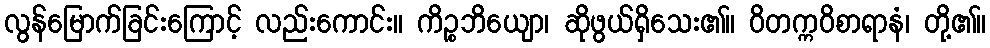
လွန်မြောက်ခြင်းကြောင့် လည်းကောင်း။ ကိဉ္စဘိယျော၊ ဆိုဖွယ်ရှိသေး၏။ ဝိတက္ကဝိစာရာနံ၊ တို့၏။